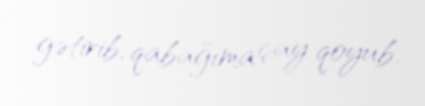
gətirib, qabağıma çay qoyub.